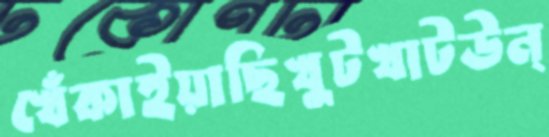
খেঁকাইয়াছিখুটখাটউন্